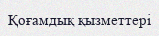
Қоғамдық қызметтері